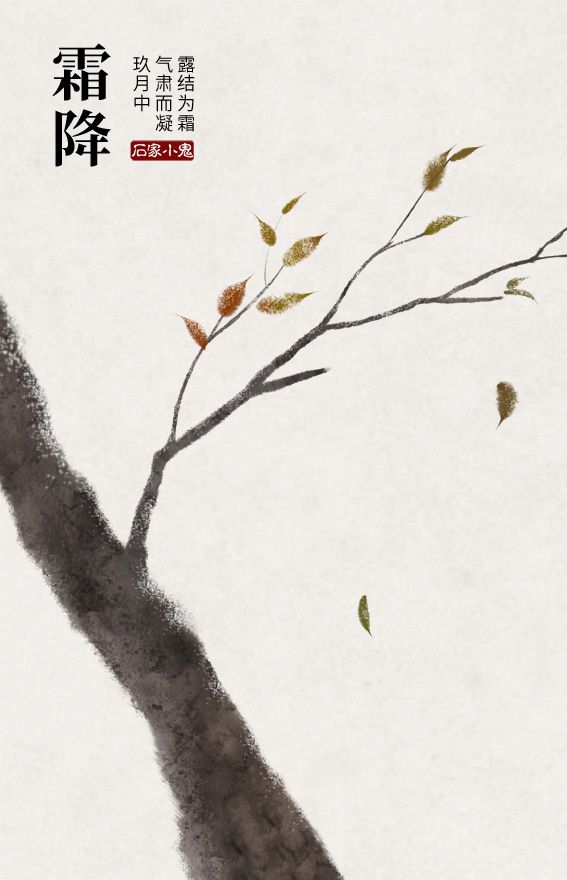
何处秋风至？萧萧送雁群。